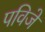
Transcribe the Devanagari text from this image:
पविजे